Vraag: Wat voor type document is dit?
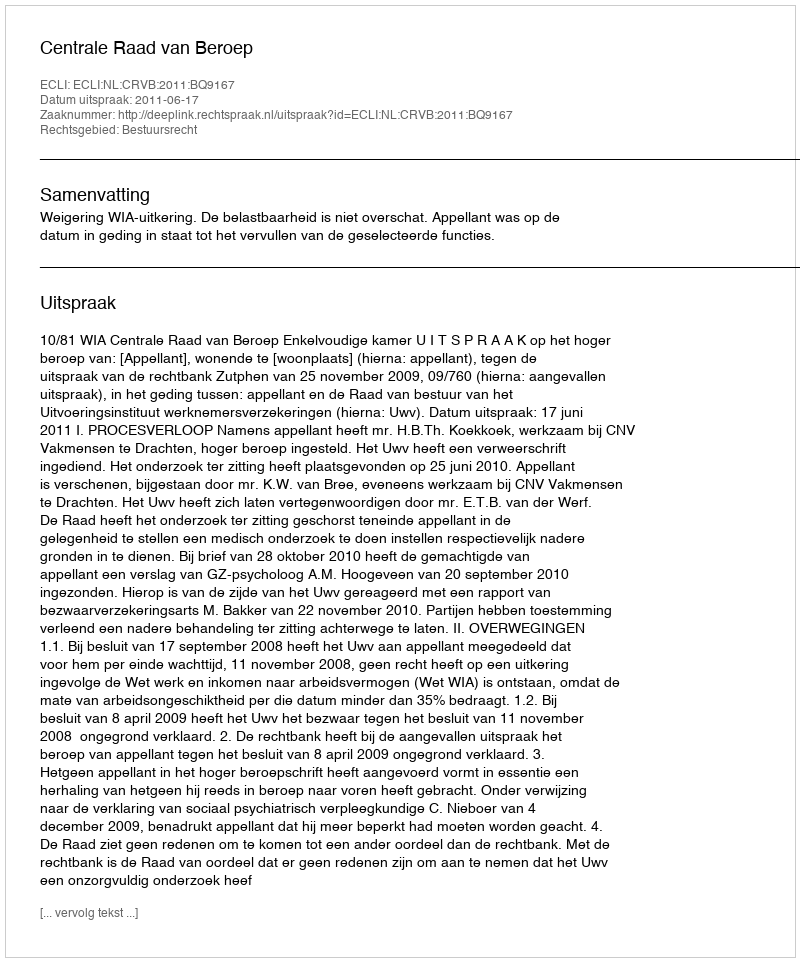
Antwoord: Uitspraak